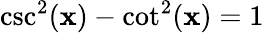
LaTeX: \csc^{2}(\mathbf{x})-\cot^{2}(\mathbf{x})=1